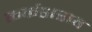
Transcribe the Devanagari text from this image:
कर्कशराव